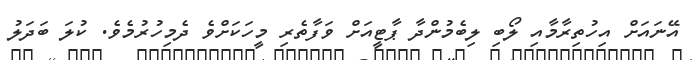
އޭނައަށް އިހުތިރާމާއި ލޯބި ލިބެމުންދާ ޕާޓީއަށް ވަފާތެރި މީހަކަށްވެ ދެމިހުރުމެވެ. ކުލަ ބަދަލު